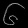
Digit: ၆